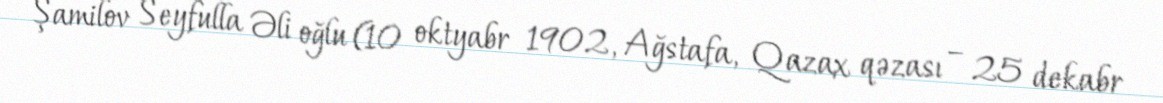
Şamilov Seyfulla Əli oğlu (10 oktyabr 1902, Ağstafa, Qazax qəzası – 25 dekabr